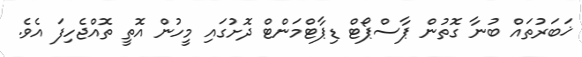
ޚަބަރުތައް ބުނާ ގޮތުން ޕާސްޕޯޓް ޑިޕާޓްމަންޓް ދޮށުގައި މީހުން އޮތީ ތޮއްޖެހިފަ އެވެ.